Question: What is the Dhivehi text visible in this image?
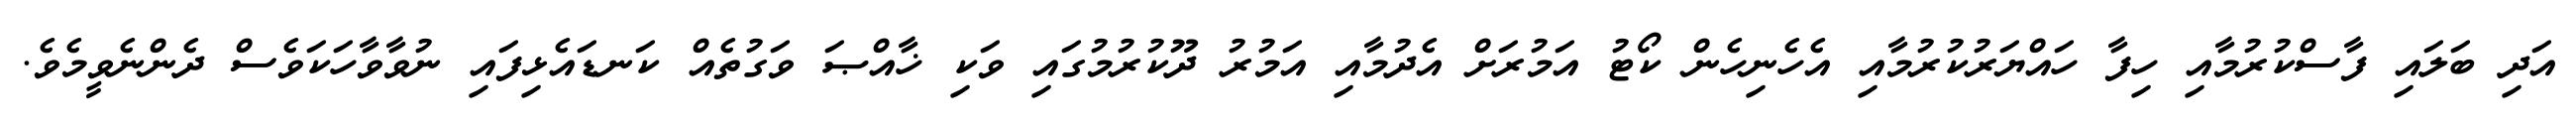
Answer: އަދި ބަލައި ފާސްކުރުމާއި ހިފާ ހައްޔަރުކުރުމާއި އެހެނިހެން ކޯޓު އަމުރަށް އެދުމާއި އަމުރު ދޫކުރުމުގައި ވަކި ޚާއްޞަ ވަގުތެއް ކަނޑައެޅިފައި ނުވާވާހަކަވެސް ދެންނެވީމެވެ.